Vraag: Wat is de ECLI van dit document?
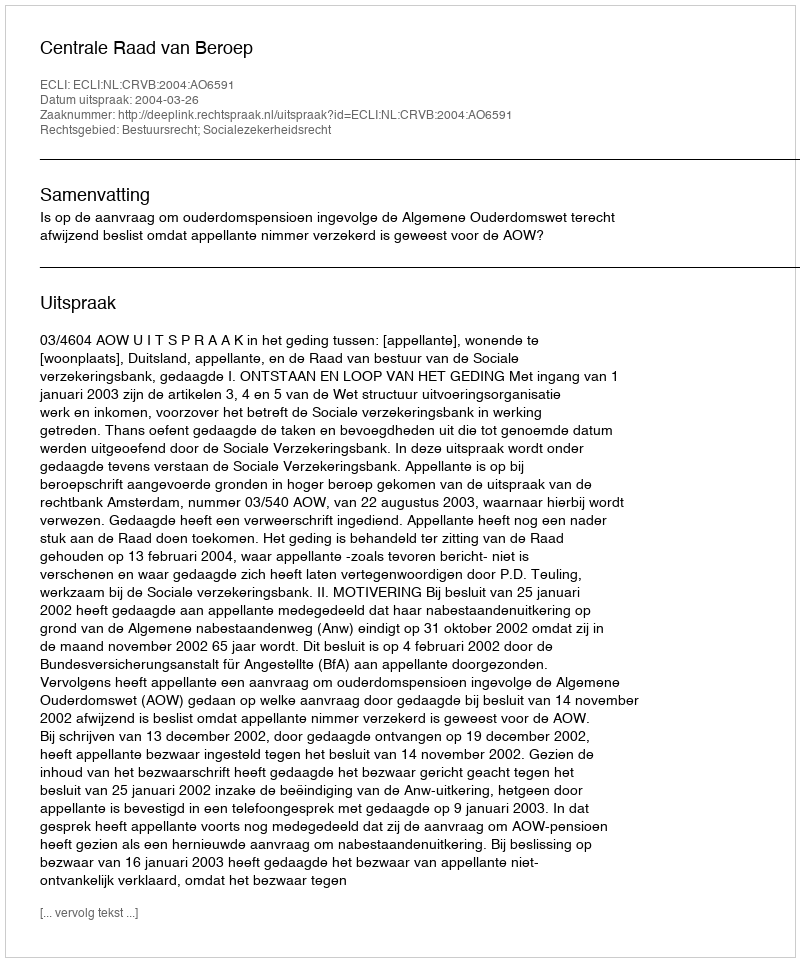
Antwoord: ECLI:NL:CRVB:2004:AO6591